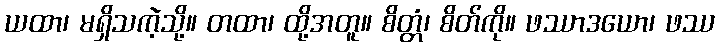
ယထာ၊ မရှိသကဲ့သို့။ တထာ၊ ထို့အတူ။ စိတ္တံ၊ စိတ်ကို။ ဖဿာဒယော၊ ဖဿ